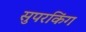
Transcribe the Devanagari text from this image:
सुपरकिंग